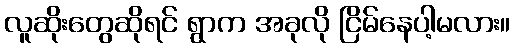
လူဆိုးတွေဆိုရင် ရွာက အခုလို ငြိမ်နေပါ့မလား။